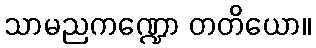
သာမညကဏ္ဍော တတိယော။